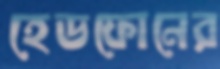
হেডফোনের